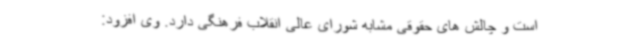
است و چالش های حقوقی مشابه شورای عالی انقلاب فرهنگی دارد. وی افزود: